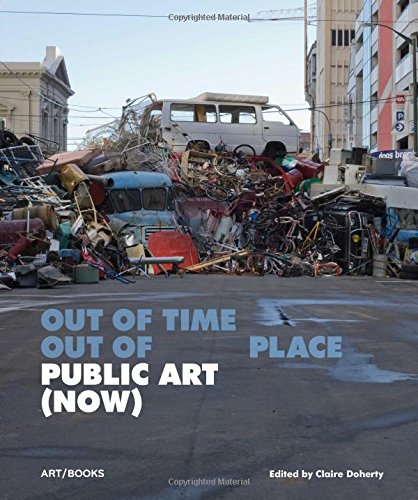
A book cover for Public Art (Now): Out of Time, Out of Place; Arts & Photography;